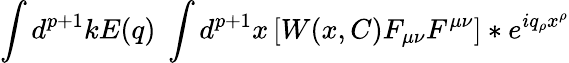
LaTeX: \int d^{p+1}kE(q)\; \int d^{p+1}x\left[W(x,C)F_{\mu\nu}F^{\mu\nu}\right]\ast e^{iq_{\rho}x^{\rho}}